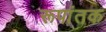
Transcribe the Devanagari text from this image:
रूपांतक